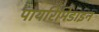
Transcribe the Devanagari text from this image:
पायरिमिडाइन